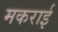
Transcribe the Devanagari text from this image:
मकराई